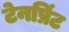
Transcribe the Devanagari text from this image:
टेनप्रिंट